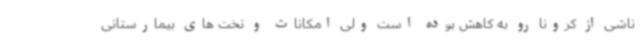
ناشی از کرونا رو به کاهش بوده است ولی امکانات و تخت های بیمارستانی